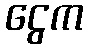
ငွေက